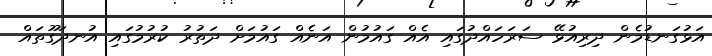
އަޅުގަނޑުމެން ދިރިއުޅޭ ސަރަހައްދުގައި އެއް ގައުމުން އަނެއް ގައުމަށް ދަތުރު ކުރުމުގައި އުނދަގޫތައް